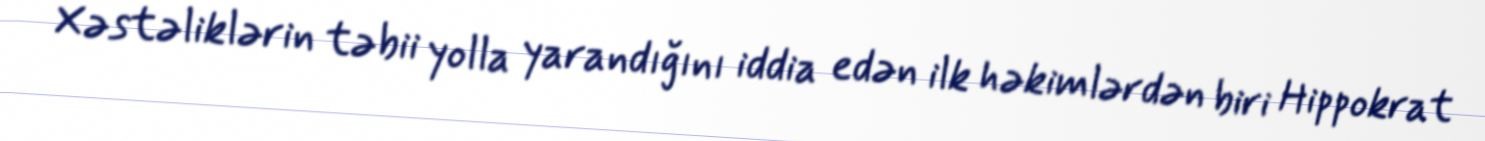
Xəstəliklərin təbii yolla yarandığını iddia edən ilk həkimlərdən biri Hippokrat